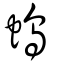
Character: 螐